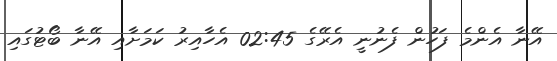
އޭނާ އެންމެ ފަހުން ފެނުނީ އެރޭގެ 02:45 އެހާއިރު ކަމަށާއި އޭނާ ބޯޓުގައި